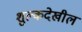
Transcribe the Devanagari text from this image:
शुल्कदेखील